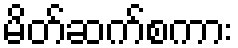
မိတ်ဆက်စကား